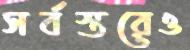
সর্বস্তরেও